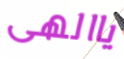
ياالهى